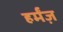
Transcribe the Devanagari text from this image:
हर्मंज़